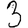
Digit: 3